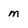
Character: m